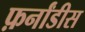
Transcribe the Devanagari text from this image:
फ़र्नांडीस